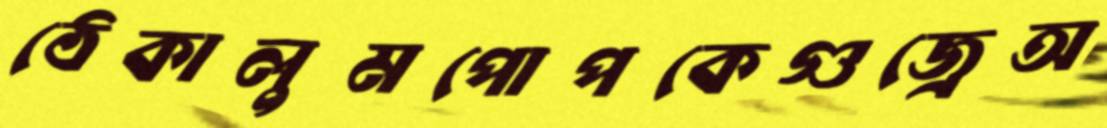
ঠেকালুমপোপকেগুজ্‌রেঅ